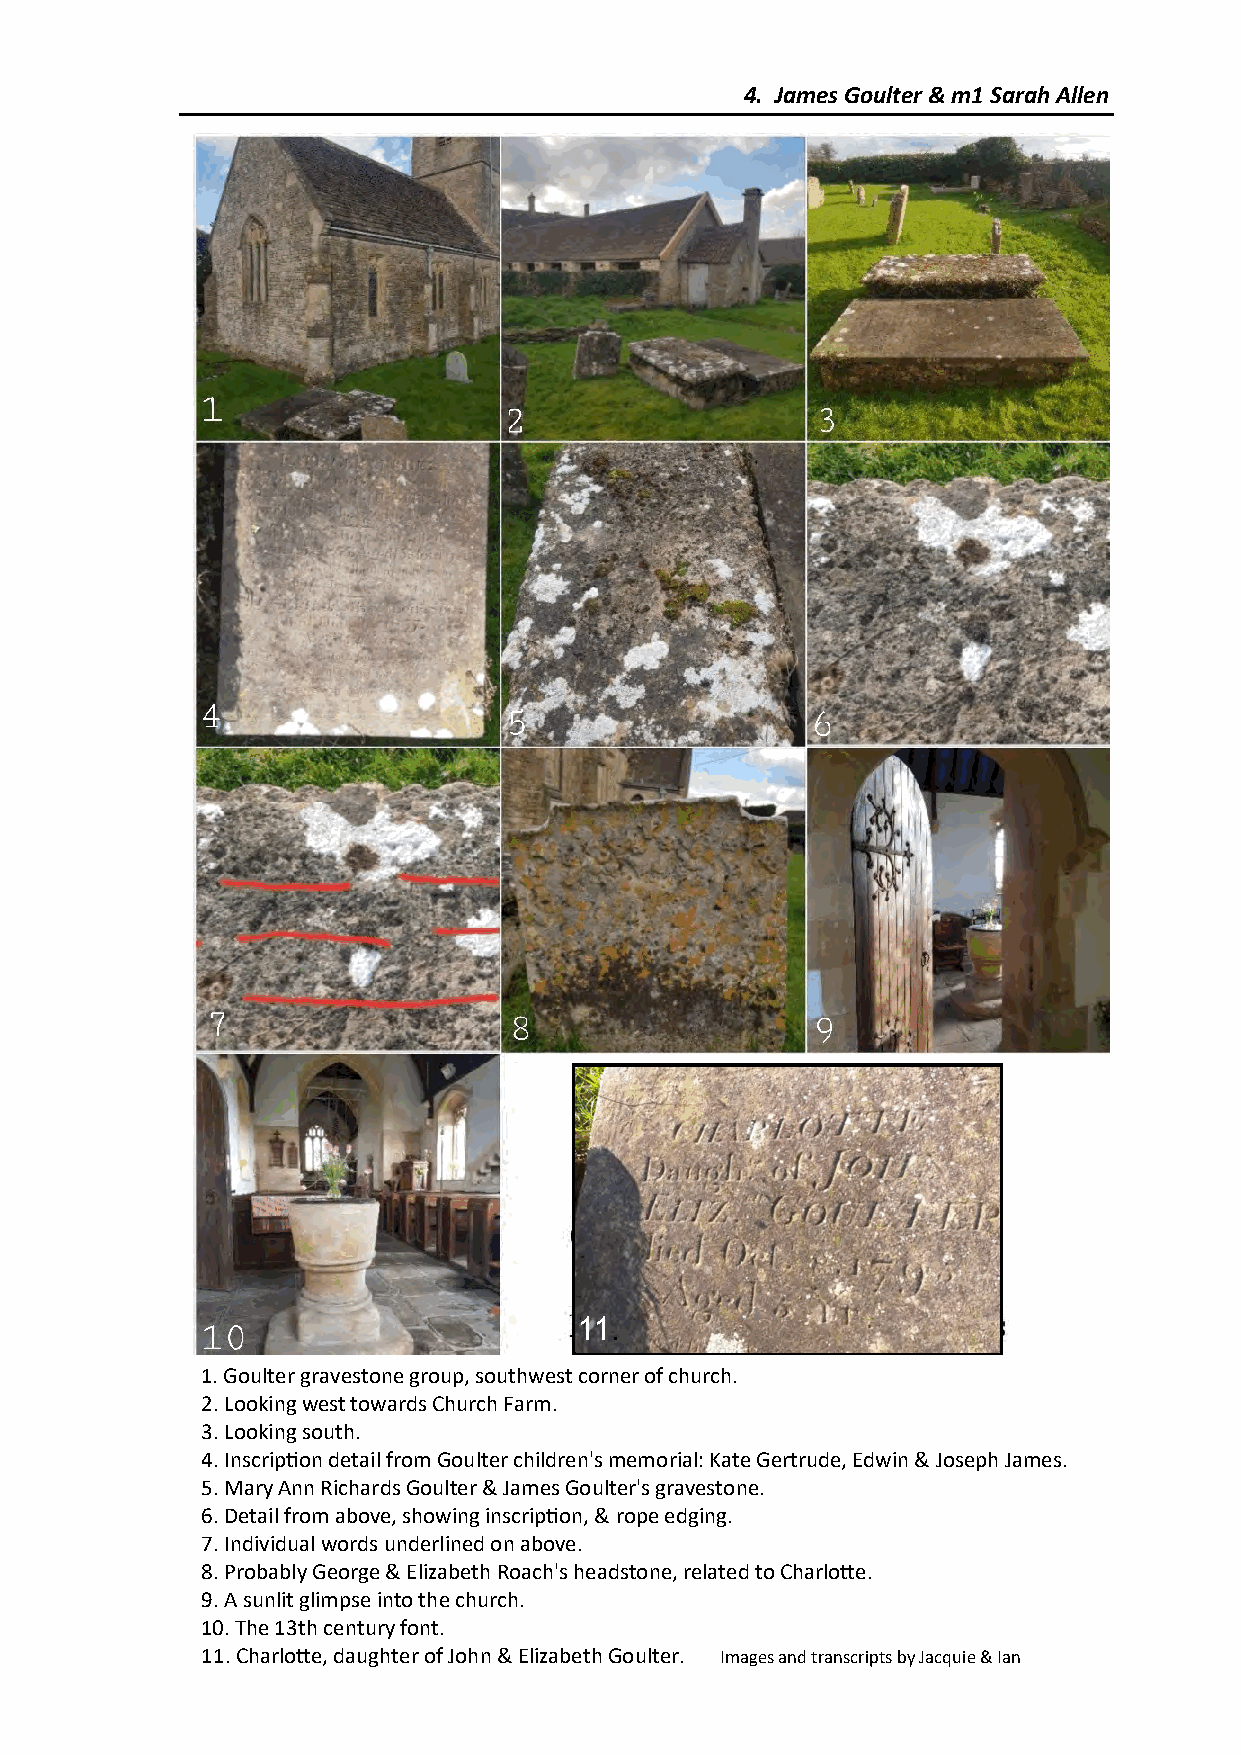
4. James Goulter & m1 Sarah Allen
 11.
 1. Goulter gravestone group, southwest corner of church.
 2. Looking west towards Church Farm.
 3. Looking south.
 4. Inscription detail from Goulter children's memorial: Kate Gertrude, Edwin & Joseph James.
 5. Mary Ann Richards Goulter & James Goulter's gravestone.
 6. Detail from above, showing inscription, & rope edging.
 7. Individual words underlined on above.
 8. Probably George & Elizabeth Roach's headstone, related to Charlotte.
 9. A sunlit glimpse into the church.
 10. The 13th century font.
 11. Charlotte, daughter of John & Elizabeth C hG o 4u –l t pe .r 1. 7 Images and transcripts by Jacquie & Ian